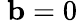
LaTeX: \ \mathbf{b}=0